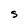
Character: S